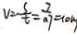
v = \frac { s } { t } = \frac { 7 } { 0 . 7 } = 1 0 k g